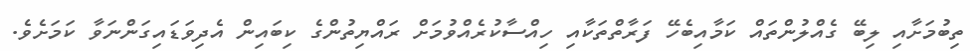
ތިބުމަށާއި ލިބޭ ގެއްލުންތައް ކަމާއިބެހޭ ފަރާތްތަކާއި ހިއްސާކުރެއްވުމަށް ރައްޔިތުންގެ ކިބައިން އެދިވަޑައިގަންނަވާ ކަމަށެވެ.